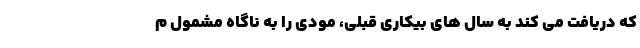
که دریافت می کند به سال های بیکاری قبلی، مودی را به ناگاه مشمول م